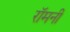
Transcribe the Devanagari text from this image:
रॉमनी